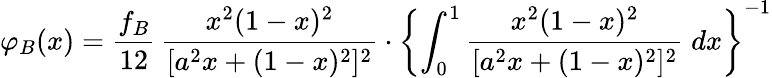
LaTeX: \varphi_{B}(x)=\frac{f_{B}}{12}\, \frac{x^{2}(1-x)^{2}}{[a^{2}x+(1-x)^{2}]^{2}}\cdot\left\lbrace\int_{0}^{1}\frac{x^{2}(1-x)^{2}}{[a^{2}x+(1-x)^{2}]^{2}}\; dx\right\rbrace^{-1}